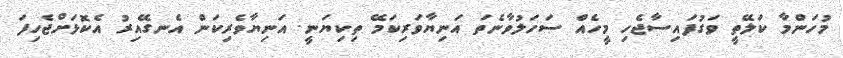
މުހަންމާ ކަލޭތީ ވަގުފައިސާޖެހި މީހެއް ސަހަލުވާނެތަ އަނިޔާވަރިކަމޭ ތިކިޔަނީ. އަނިޔާވެރިކަން އެނގޭއިރު އެކޮޅަށްޖެހިފަ